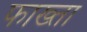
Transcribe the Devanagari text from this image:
फाख्‍ता